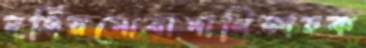
দর্জিরপোষাপাখিকাচক